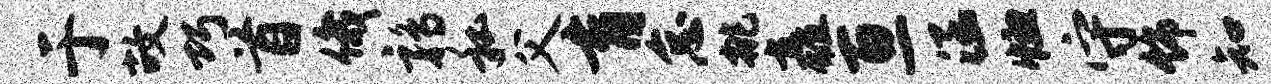
于故巧首俄鹑私父育怠挑矗亘涵恤守饰知